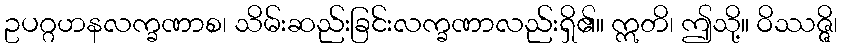
ဥပဂ္ဂဟနလက္ခဏာစ၊ သိမ်းဆည်းခြင်းလက္ခဏာလည်းရှိ၏။ ဣတိ၊ ဤသို့။ ဝိဿဇ္ဇိ၊